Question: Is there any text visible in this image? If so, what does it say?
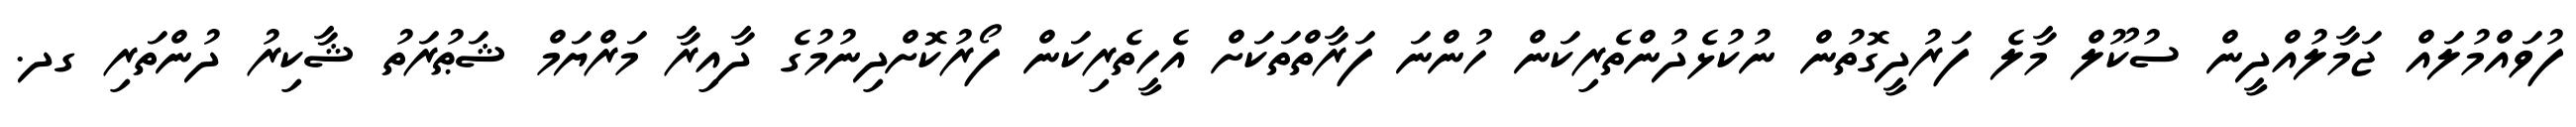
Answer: ފުވައްމުލައް ޖަމާލުއްދީން ސުކޫލް މާލެ ފަރުދީގޮތުން ނުކުޅެދުންތެރިކަން ހުންނަ ފަރާތްތަކަށް އެހީތެރިކަން ފޯރުކޮށްދިނުމުގެ ދާއިރާ މަރްޔަމް ޝަޠުރަތު ޝާކިރު ދުންތަރި ގދ.